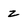
Character: z